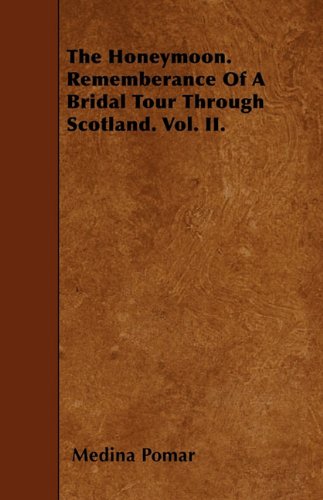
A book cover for The Honeymoon. Rememberance Of A Bridal Tour Through Scotland. Vol. II.; Medina Pomar; Crafts, Hobbies & Home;